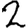
Digit: 2